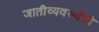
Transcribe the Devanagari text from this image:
जातीव्यवस्थेची